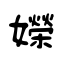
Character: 嬫